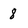
Character: 8